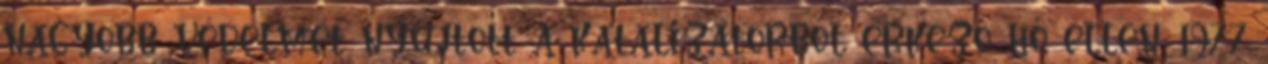
nagyobb védelmet nyújtott a katalizátorból érkező hő ellen. 1977